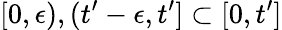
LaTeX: [0,\epsilon),(t^{\prime}-\epsilon,t^{\prime}]\subset[0,t^{\prime}]